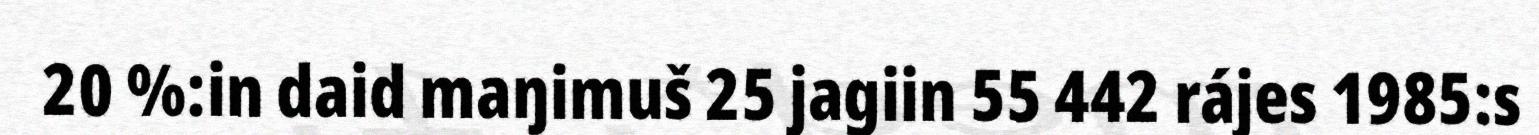
20 %:in daid maŋimuš 25 jagiin 55 442 rájes 1985:s